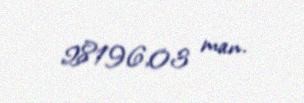
28196,03 man.